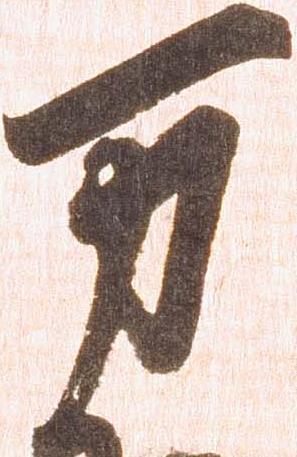
万